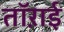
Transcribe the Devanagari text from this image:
तॉऱाई